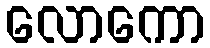
လောကော